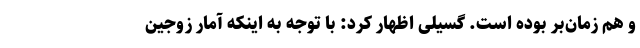
و هم زمان‌بر بوده است. گسیلی اظهار کرد: با توجه به اینکه آمار زوجین